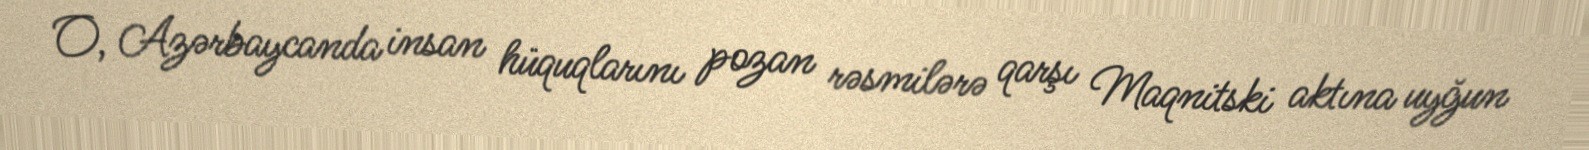
O, Azərbaycanda insan hüquqlarını pozan rəsmilərə qarşı Maqnitski aktına uyğun